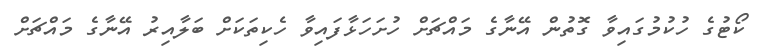
ކޯޓުގެ ހުކުމުގައިވާ ގޮތުން އޭނާގެ މައްޗަށް ހުށަހަޅާފައިވާ ހެކިތަކަށް ބަލާއިރު އޭނާގެ މައްޗަށް